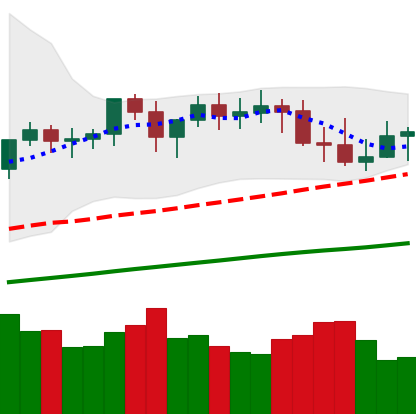
Ticker: XMR-USD
Chart end date: 2021-03-27
Forward return: 12.466%
Label: up_7plus